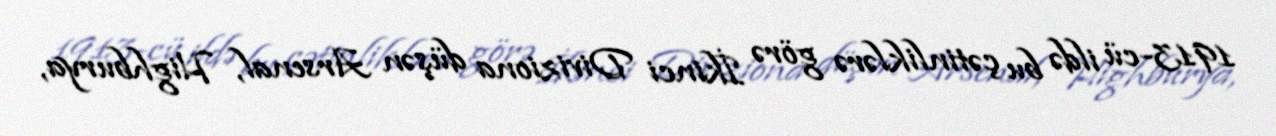
1913-cü ildə bu çətinliklərə görə İkinci Diviziona düşən Arsenal, Highburya,